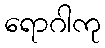
ရောဂါကု